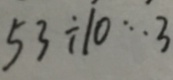
5 3 \div 1 0 \cdots 3